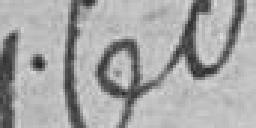
7bo